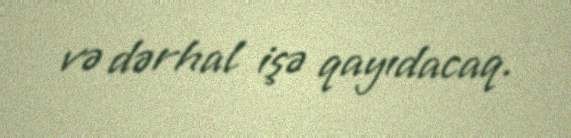
və dərhal işə qayıdacaq.